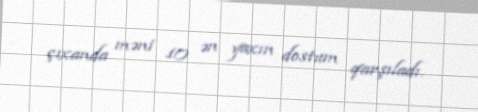
çıxanda məni 10 ən yaxın dostum qarşıladı.